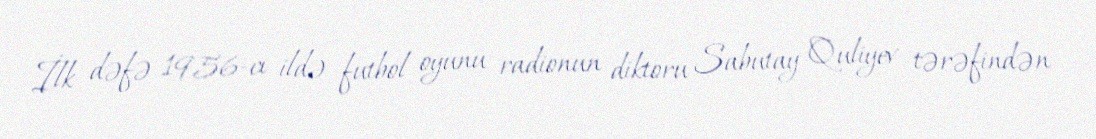
İlk dəfə 1956-cı ildə futbol oyunu radionun diktoru Sabutay Quliyev tərəfindən